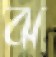
ঝ